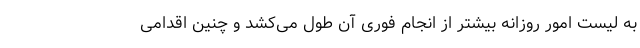
به لیست امور روزانه بیشتر از انجام فوری آن طول می‌کشد و چنین اقدامی